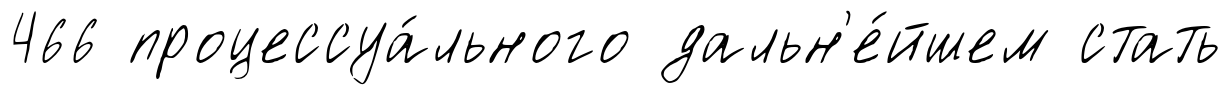
466 процессуа́льного дальн'е́йшем стать